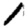
Digit: 1